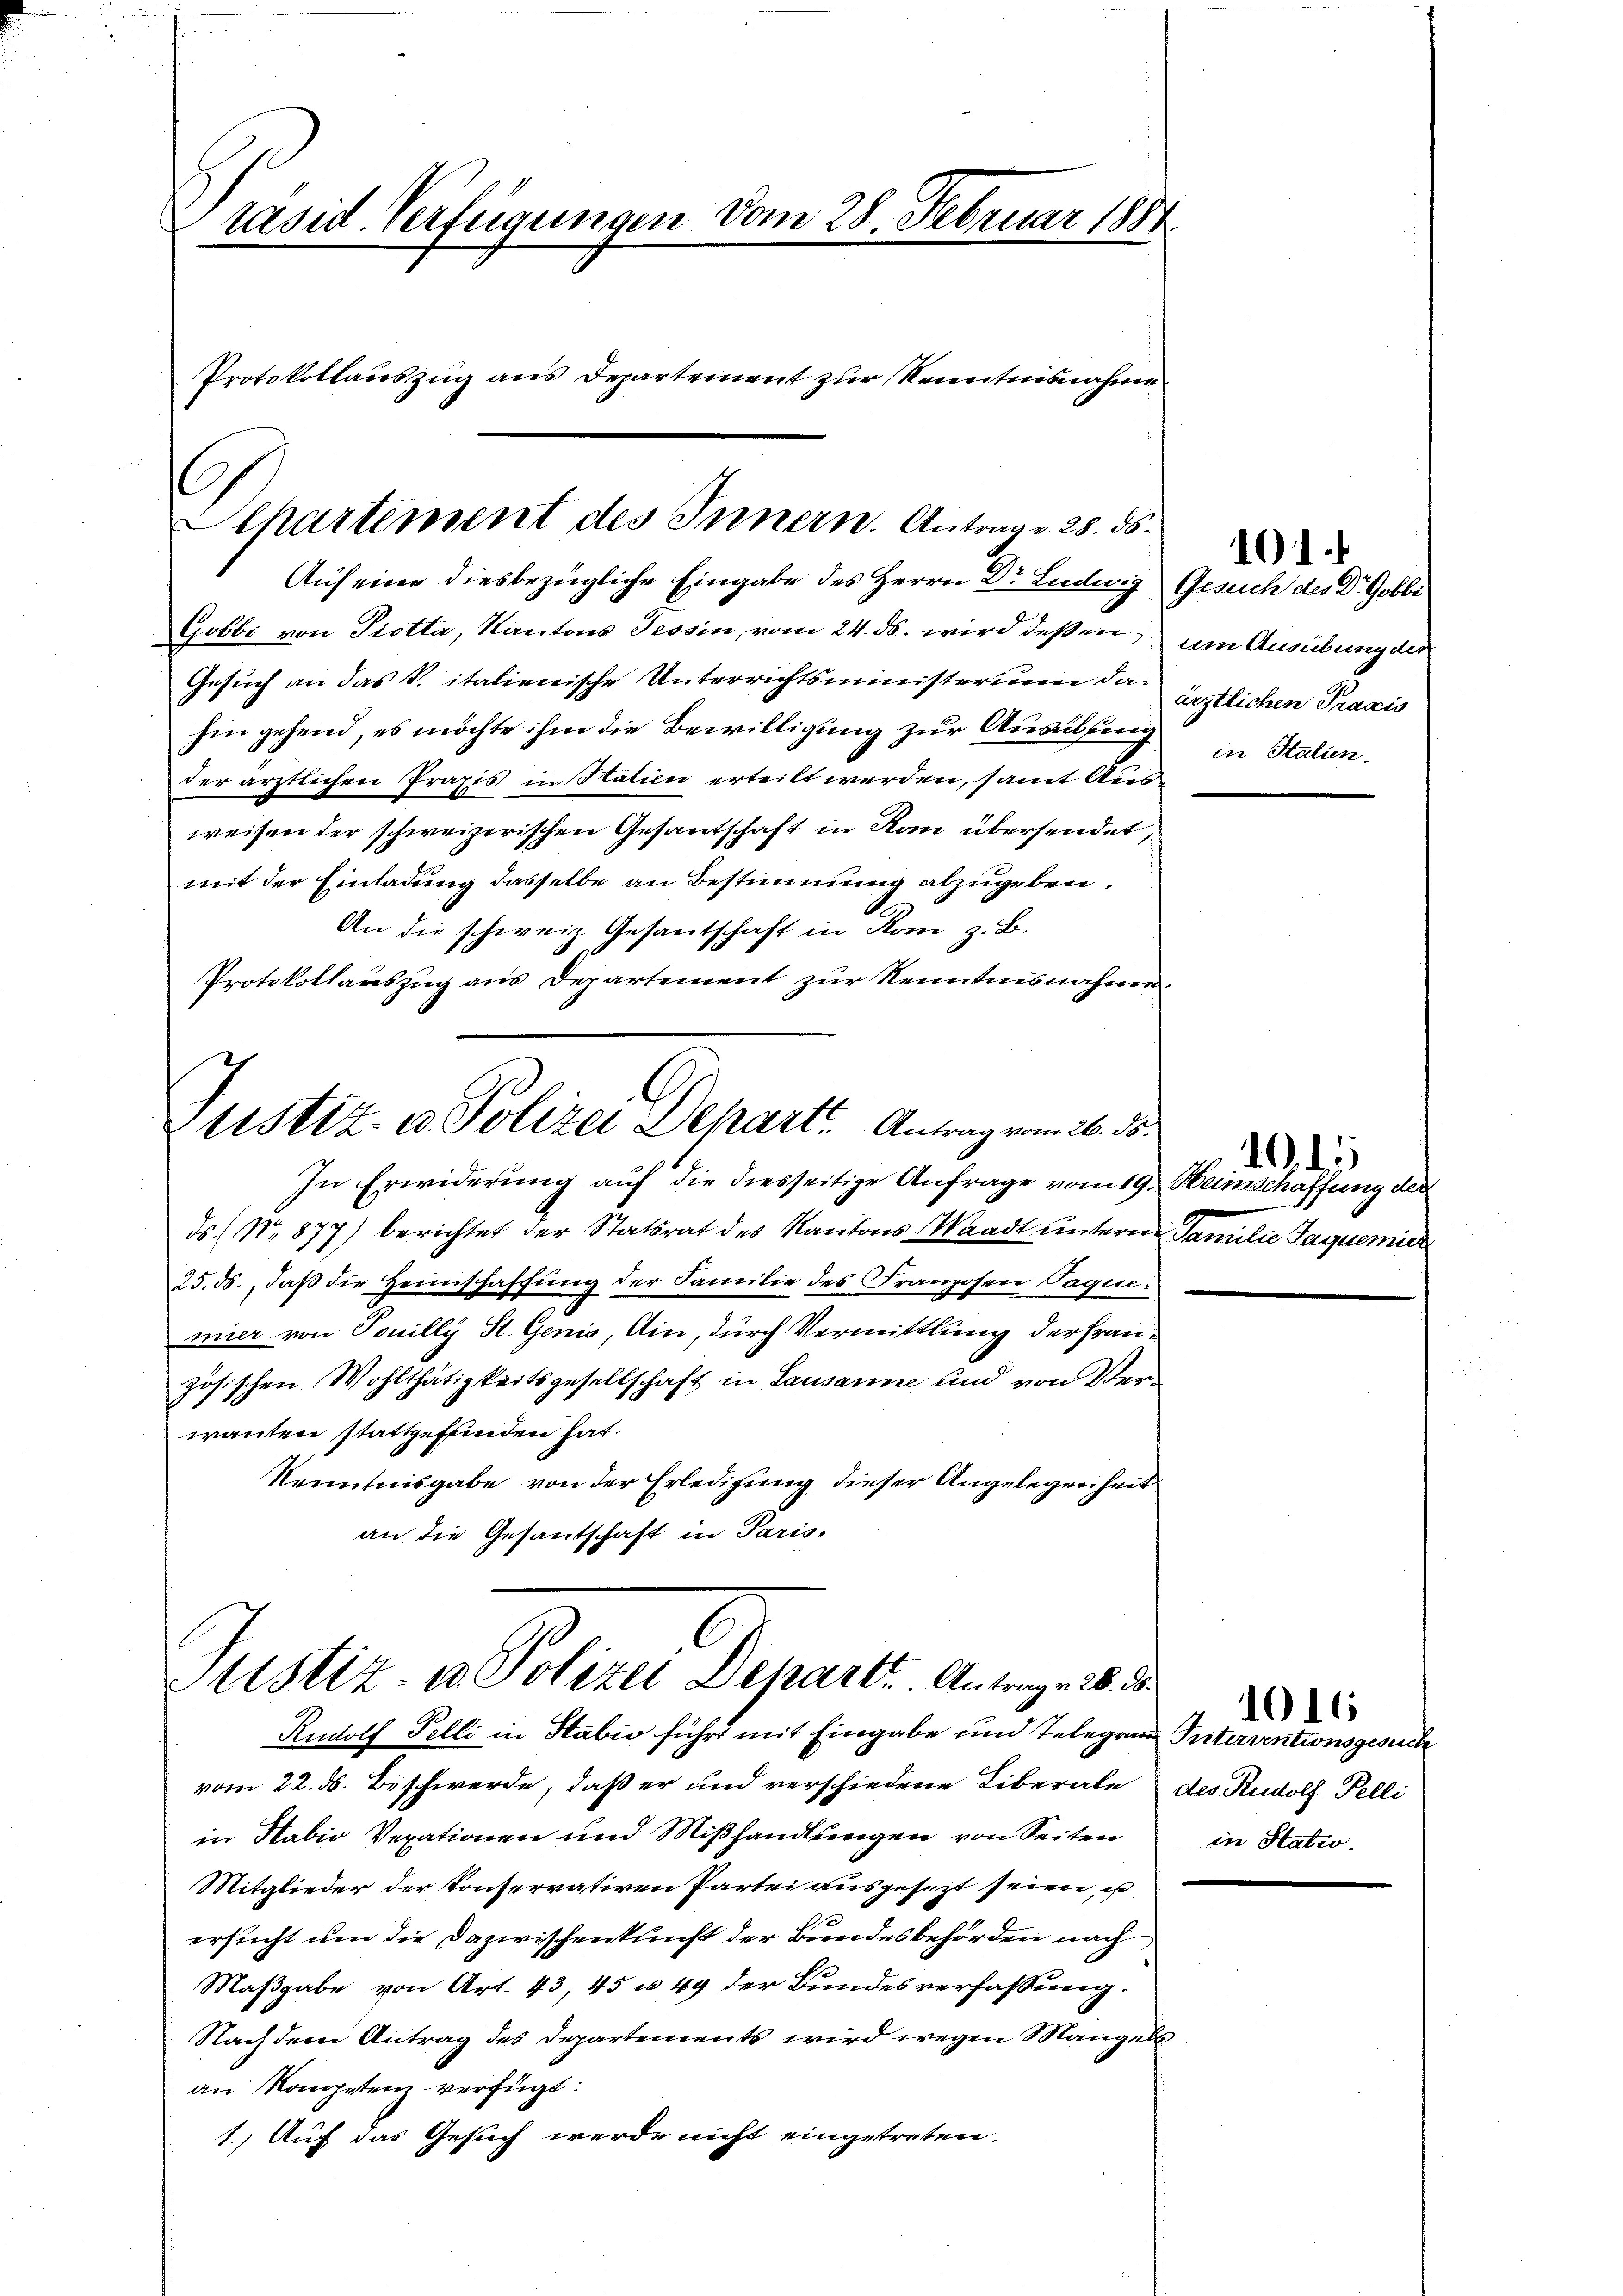
räsid. Verfügungen vom 28. Februar 1881
Protokollauszug aus Departement zur Kenntnisnahme

Departement des Innern. Antrag v. 28. ds.
Auf eine diesbezügliche Eingabe des Herrn Dr. Ludwig Gesuch des Dr. Gobbi

Gobbi von Piotta, Kantons Tessin, vom 24. ds. wird deßen um Ausübung der
Gesuch an das P. italienische Unterrichtsministerium da erstlichen Praxis
hin gehend, es möchte ihm die Bewilligung zur Ausübung
der ärztlichen Praxis in Statien erteilt werden, samt Ausweisen der schweizerischen Gesantschaft in Kan übersendet,
mit der Einladung dasselbe an Bestimmung abzugeben.
An die schweiz. Gesantschaft in Rom z. B.
Protokollauszug aus Departement zur Kenntnisnahme.
Justiz- u. Polizei Depart. Antrag vom 26. d

Justiz- u Polizei Depart. Antrage 2. d.

In Erwiderung auf die diesseitige Anfrage vom 19.
ds (No. 877) berichtet der Statsrat des Kantons Waadt unterm Familie Jaquemier
25.55., daß die Heimschaffung der Familie des Franzosen Paquemier von Touilly St. Genis, Ain, durch Vermittlung der Französischen Wohlthätigkeitsgesellschaft in Lausanne und von Verwanten stattgefunden hat.
Kenntnisgabe von der Erledigung dieser Angelegenheit
an die Gesantschaft in Paris-

Rudolf Felli in Habio führt mit Eingabe und Telegrau
vom 22. ds. Beschwerde, daß er und verschiedene Liberale des Rudolf Pelli
in Habio Verationen und Mißhandlungen von Seiten
Mitglieder der Konservativen Partei ausgesezt seien, u
.
ersucht um die Dazwischenkunft der Bundesbehörden nach
Maßgabe von Art. 43, 45 u 49 der Bundesverfassung.
Nachdem Antrag des Departements wird wegen Mangels
an Kompetenz verfügt:
1. Auf das Gesuch werde nicht eingetreten.

in Stalien.

101

10. d.
Heimschaffung die

Interventionsgesuch
in Statio

1016